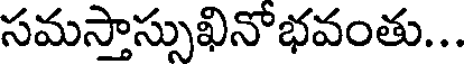
సమస్తాస్సుఖినోభవంతు...